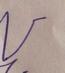
Signature authenticity: genuine